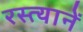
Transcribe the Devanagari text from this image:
रस्त्यानें